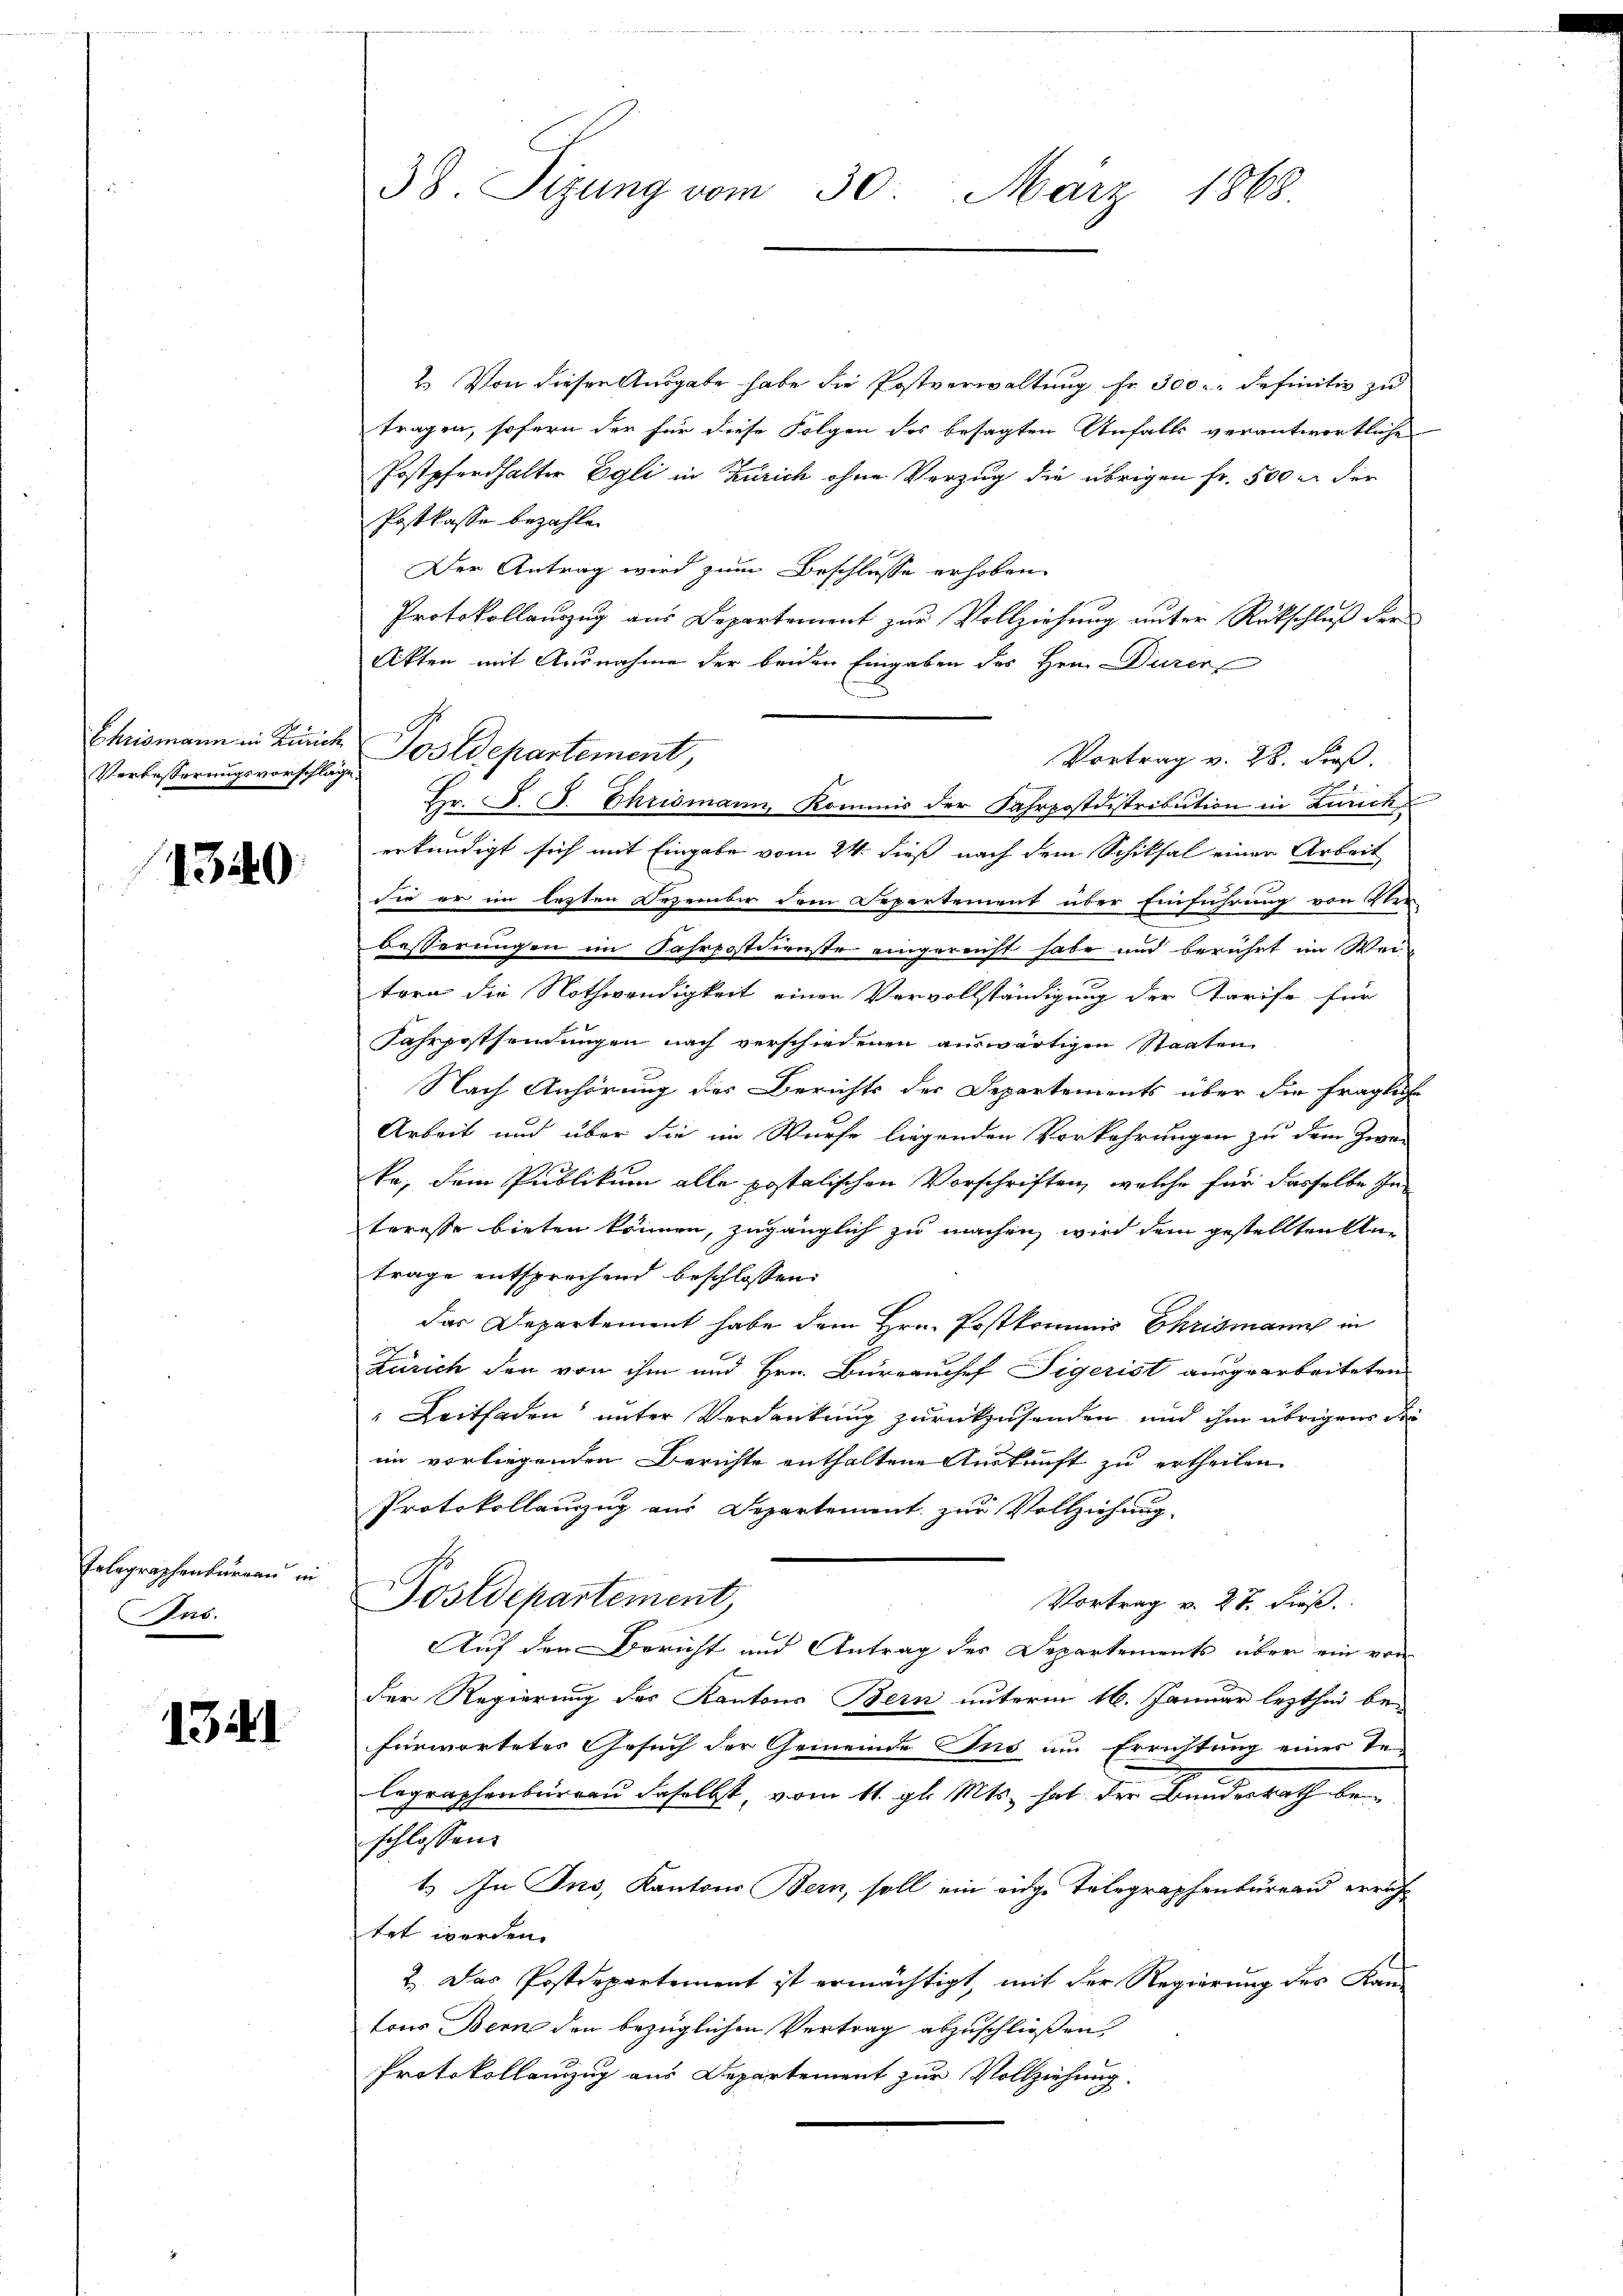
Verbesserungsvorschlage.

1340

Telegraphenburgau in
Ins.

1341

38. Sizung vom 30. März 1868

2. Von dieser Ausgabe habe die Postverwaltung fr. 300, definitiv zu
tragen, sofern der für diese Folgen des besagten Unfalls verantwortlichen
Postpferdhalter Egli in Zürich ohne Verzug die übrigen Fr. 500 m der
Postkasse bezahlen
Der Antrag wird zum Beschlüsse erhoben.
Protokollauszug aus Departement zur Vollziehung unter Rückschluß der
Akten mit Ausnahme der beiden Eingaben des Hrn. Dürer
Vortrag v. 28. dieß.
Hr. J. J. Chrismann, Kommis der Fahrpostdistribution in Zürich
erkundigt sich mit Eingabe vom 24. dieß nach dem Schiksal einer Arbeit
die er im lasten Dezember dem Separtement über Einführung von Ver
Besserungen im Fahrpostdienste eingereicht habe und berührt im Weitern die Nothwendigkeit einer Vervollständigung der Tarife für
Fahrpostsendungen nach verschiedenen auswärtigen Staaten
e
Nach Anhörung des Berichts der Departements über die Fragliche
Arbeit und über die im Würfe liegenden Vorkehrungen zu dem Zwei
ke, dem Publikum alle postolischen Vorschriften, welche für dasselbe In-
teresse bieten können, zugänglich zu machen, wird dem gestellten Anträge entsprochend beschlossen.
das Departement habe dem Hrn. Postkommis Chrismann in
Zürich den von ihm und Hrn. Burrauchef Tigerist ausgearbeiteten
Leitfaden unter Verdankung zurückzusenden, und ihm übrigens de
im vorliegenden Berichte enthaltene Auskunft zu ertheilen
Protokollanzug aus Departement zur Vollziehung
Postdepartement,
Vortrag v. 27. dieß.
Auf den Bericht und Antrag des Departements über ein von
der Regierung des Kantons Bern unterm 16. Januar lezthin be-
fürwortetes Gesuch der Gemeinde Ins im Errichtung einer Telegraphenburgen daselbst, vom 11. gl. Mts. hat der Bundesrath beschlossen:
1. In Jns, Kantons Bern, soll ein eidge Telegraphenbureau errich
tet werden.
2. Das Postdepartement ist ermächtigt, mit der Regierung des Kantons Bern den bezüglichen Vertrag abzuschließen,
Protokollanzug aus Departement zur Vollziehung.

Chrismann in Linie Postdepartement,